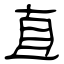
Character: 直